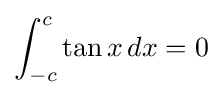
\int _{-c}^{c}\tan {x}\,dx=0